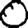
Digit: 0